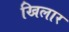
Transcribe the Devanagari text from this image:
खिलार